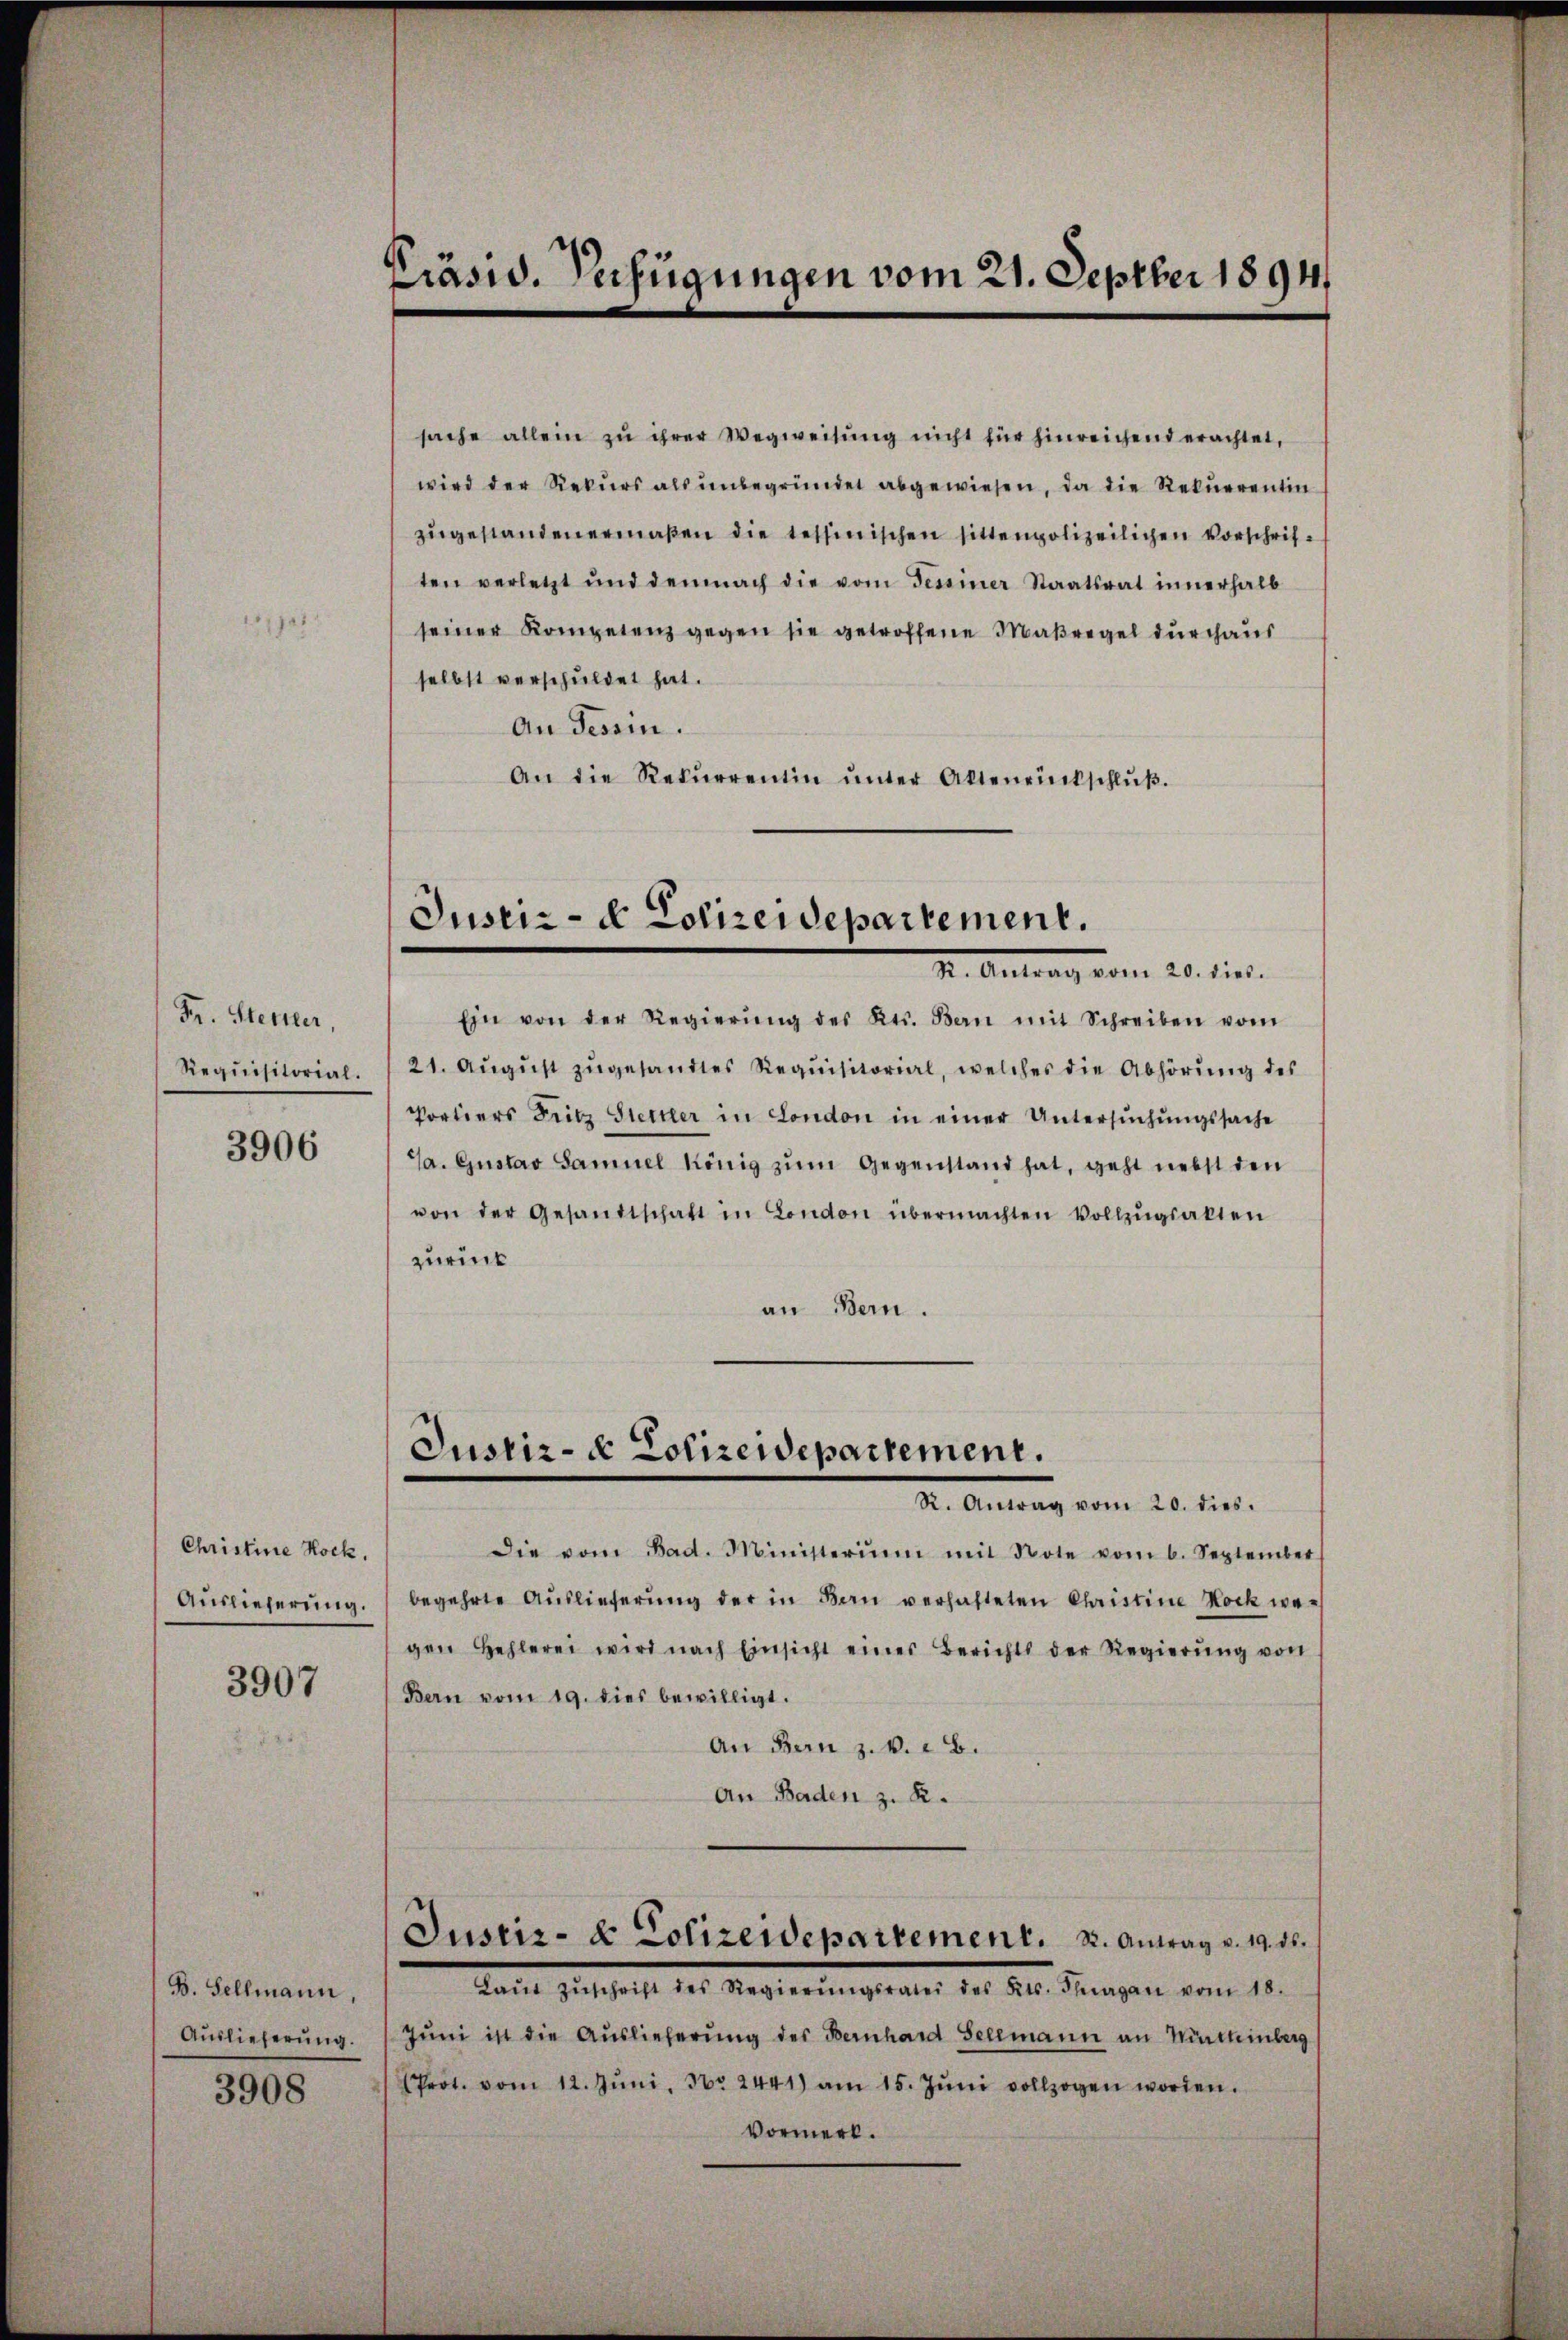
1

Fr. Stettler
Requisitorial.

3906

Christine Hock.
Auslieferung.

3907

B. Sellmann,
Auslieferung.

3908

Präsid. Verfügungen vom 21. Septber 1894

sache allein zu ihrer Wegweisŭng nicht für hinreichend erachtet,
wird der Rekurs als unbegründet abgewiesen, da die Rekurrentin
zugestanden ermaßen die tessinischen sittenpolizeilichen Vorschriften verletzt und demnach die vom Tessiner Staatsrat innerhalb
seiner Kompetenz gegen sie getroffene Maßregel durchaus
selbst verschuldet hat.
An Tessin.
An die Rekŭrrentin ŭnter Altenrinkschlŭβ.

Justiz- & Polizeidepartement.
I. Antrag vom 20. die.

Ein von der Regierŭng des Kts. Bern mit Schreiben vom
21. Aŭgŭst zŭgesandtes Requisitorial, welches die Abhörŭng des
Portiers Fritz Stettler in London in einer Untersuchungssache
Ja. Gustav Samuel König zum Gegenstand hat, geht nebst den
von der Gesandtschaft in London übermachten Vollzŭgsakten
zurück
an Bern.

Justiz- & Polizeidepartement.
Dr. Antrag vom 20. dies

Die vom Bad. Ministerium mit Note vom 6. September
begehrte Aŭslieferŭng der in Bau verhafteten Christine Kock wegen Hehlerei wird nach Einsicht eines Berichts der Regierŭng von
Bern vom 19. dies bewilligt.
An Bern z. B. B.
An Baden z. R.

Justiz- & Polizeidepartement. 2. Antrag v. 19. ds.

Tacite deshalt der Regierungsraten der sel. Finanzen vom 10.
Juni ist die Auslieferung des Bernhard Selemann an Wirtheinberg
Prot. vom 12. Jŭni No 2441) am 15. Jŭni vollzogen worden.
Vormerk.